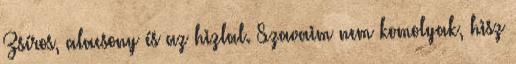
Zsíros, alacsony és az hizlal. Szavaim nem komolyak, hisz